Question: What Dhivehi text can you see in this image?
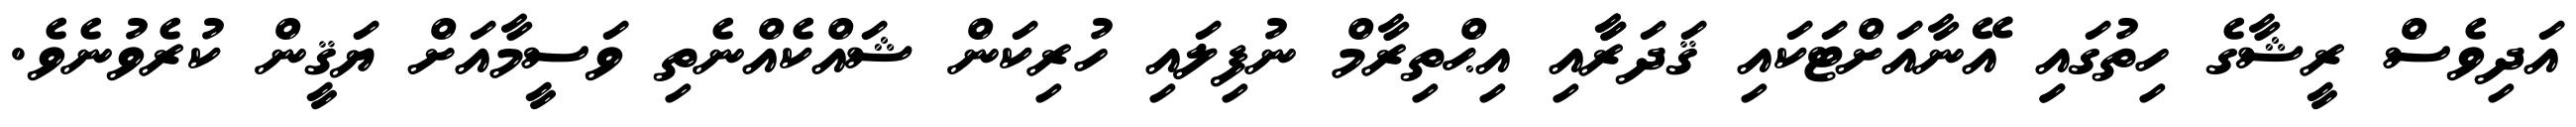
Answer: އަދިވެސް ރީޝާގެ ހިތުގައިި އޭނާއަށްޓަކައި ޤަދަރާާއި އިޙްތިރާމް ނުފިލައި ހުރިކަން ޝައްކެއްނެތި ވަސީމާއަށް ޔަޤީން ކުރެވުނެވެ.